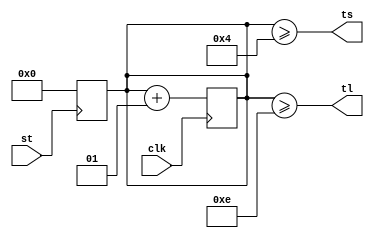
`timescale 1ns / 1ps
//////////////////////////////////////////////////////////////////////////////////
// Company: 
// Engineer: 
// 
// Design Name: 
// Module Name: timer
// Project Name: 
// Target Devices: 
// Tool Versions: 
// Description: 
// 
// Dependencies: 
// 
// Revision:
// Revision 0.01 - File Created
// Additional Comments:
// 
//////////////////////////////////////////////////////////////////////////////////


module timer(ts, tl, st, clk);
output ts;
output tl;
input st;
input clk;
integer value;
assign ts = (value >= 4); // 5 cycles after reset
assign tl = (value >= 14); // 15 cycles after reset
always @(posedge st) value = 0; // async reset
always @(posedge clk) value = value + 1;
endmodule